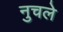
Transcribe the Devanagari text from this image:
नुचले